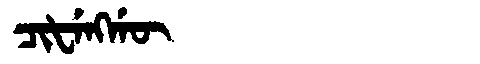
Manchu: ᠴᡳᡶᡝᠩᡤᡡ
Romanization: CIFENGGŪ